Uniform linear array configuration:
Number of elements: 24
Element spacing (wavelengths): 0.25
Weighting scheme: kaiser
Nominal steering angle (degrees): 30
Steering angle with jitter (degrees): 30.576
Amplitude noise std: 0.05
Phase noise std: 0.05

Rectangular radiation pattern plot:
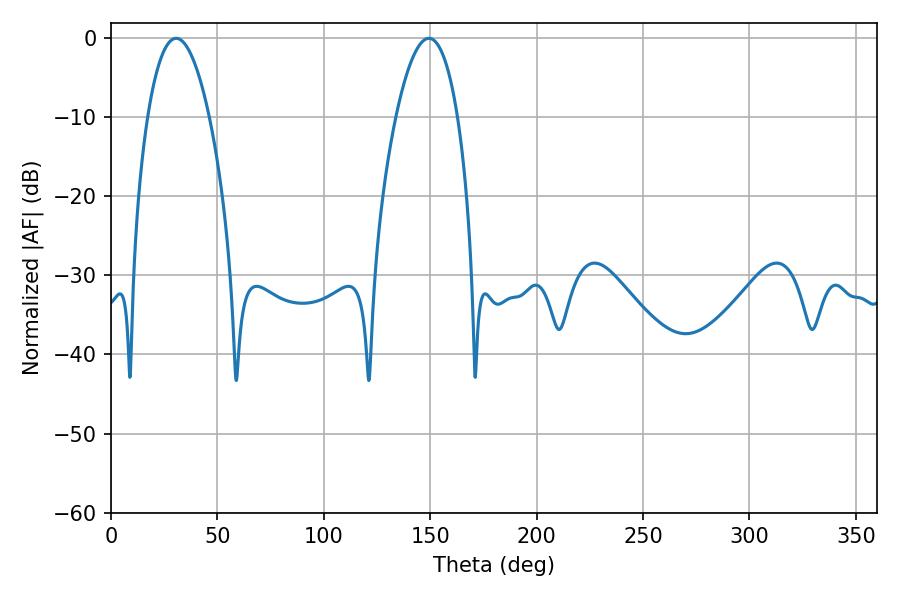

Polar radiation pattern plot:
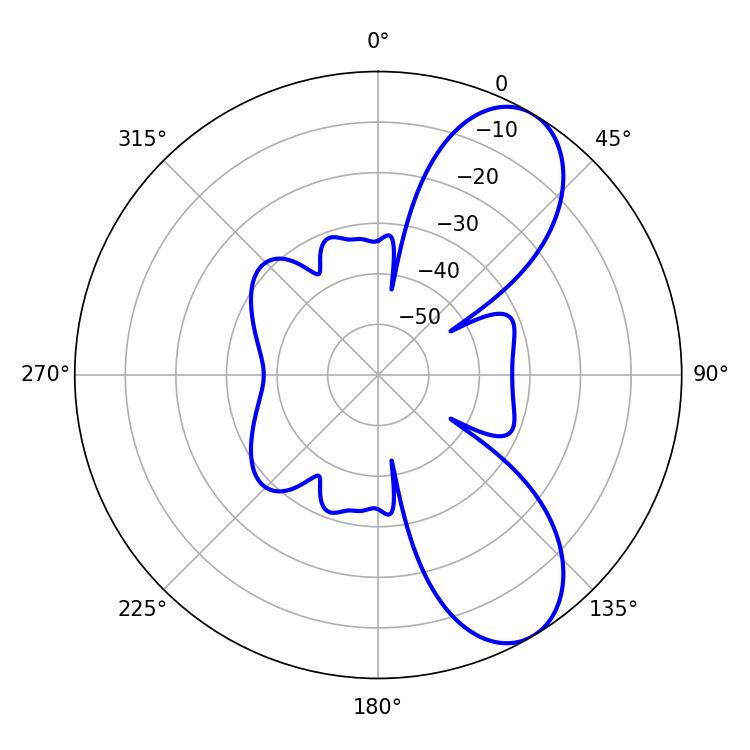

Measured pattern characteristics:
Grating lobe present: FALSE
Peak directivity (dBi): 8.133
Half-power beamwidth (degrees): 16.2
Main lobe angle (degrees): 30.6